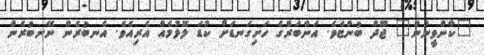
"ކާންވީނުން" ޖޫދު ބުންޏެވެ. އަންބަރްގެ ހަށިގަނޑަށް ކުޑަ ލޮޅުމެއް އެރިއެވެ. އެނބުރެން ނޭނބުރެން